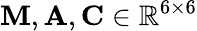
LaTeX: \mathbf{M},\mathbf{A},\mathbf{C}\in\mathbb{R}^{6\times 6}